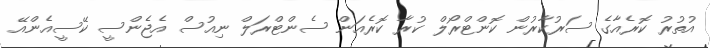
އުތުރު ކޮރެއާގެ ސަރުކާރުން ކޮންޓްރޯލް ކުރާ ކޮރެއަން ސެންޓްރަލް ނިއުސް އެޖެންސީ ކޭސީއެންއޭ